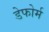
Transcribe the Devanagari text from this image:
डेफोर्म